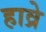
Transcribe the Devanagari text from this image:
हाव्रे